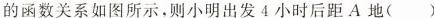
的函数关系如图所示，则小明出发4小时后距A地( )